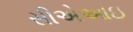
સીએઆઇ